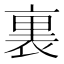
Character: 裏